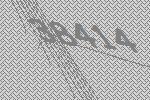
38414